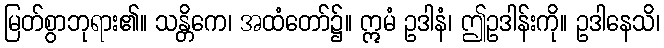
မြတ်စွာဘုရား၏။ သန္တိကေ၊ အထံတော်၌။ ဣမံ ဥဒါနံ၊ ဤဥဒါန်းကို။ ဥဒါနေသိ၊